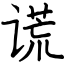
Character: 谎